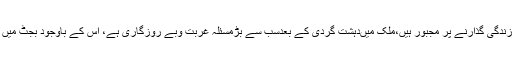
انہوں نے کہاکہ ملک میں 60فیصد سے زائد غریب ہیں جن میں سے اکثر غربت کی لیکر سے نیچے زندگی گذارنے پر مجبور ہیں،ملک میںدہشت گردی کے بعدسب سے بڑمسئلہ غربت وبے روزگاری ہے، اس کے باوجود بجٹ میں غریب کو نظرانداز کرنا عوام کے معاشی قتل کے مترادف ہے جس کی جتنی مذمت کی جائے کم ہے۔